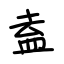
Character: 盍